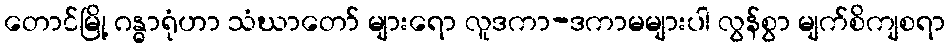
တောင်မြို့ ဂန္ဓာရုံဟာ သံဃာတော် များရော လူဒကာ-ဒကာမများပါ လွန်စွာ မျက်စိကျစရာ